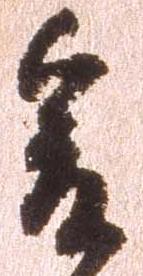
爰